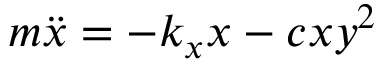
m { \ddot { x } } = - k _ { x } x - c x y ^ { 2 }